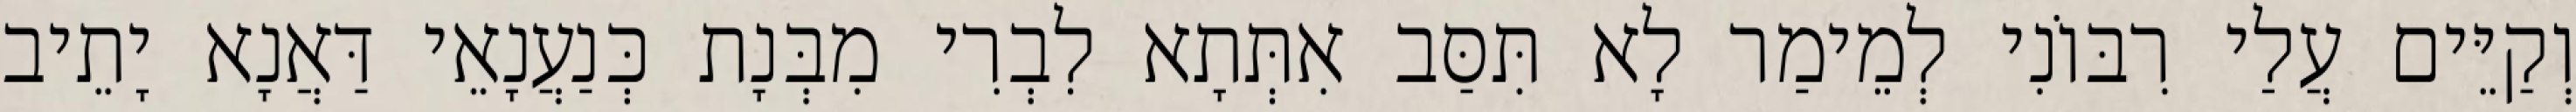
וְקַיֵּים עֲלַי רִבּוֹנִי לְמֵימַר לָא תִּסַּב אִתְּתָא לִבְרִי מִבְּנָת כְּנַעֲנָאֵי דַּאֲנָא יָתֵיב